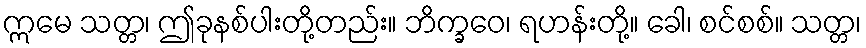
ဣမေ သတ္တ၊ ဤခုနစ်ပါးတို့တည်း။ ဘိက္ခဝေ၊ ရဟန်းတို့။ ခေါ၊ စင်စစ်။ သတ္တ၊